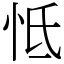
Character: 怟